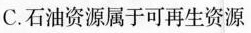
C.石油资源属于可再生资源